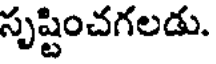
సృష్టించగలడు.